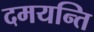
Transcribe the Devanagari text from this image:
दमयन्ति